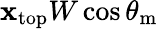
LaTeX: \mathbf{x}_{\mathrm{{{top}}}}W\cos\theta_{\mathrm{{{m}}}}